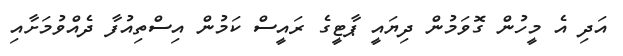
އަދި އެ މީހުން ގޮވަމުން ދިޔައީ ޕާޓީގެ ރައީސް ކަމުން އިސްތިއުފާ ދެއްވުމަށާއި